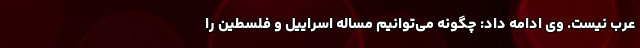
عرب نیست. وی ادامه داد: چگونه می‌توانیم مساله اسراییل و فلسطین را